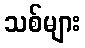
သစ်များ